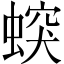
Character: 𧎛